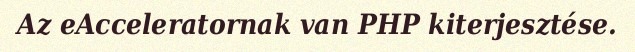
Az eAcceleratornak van PHP kiterjesztése.